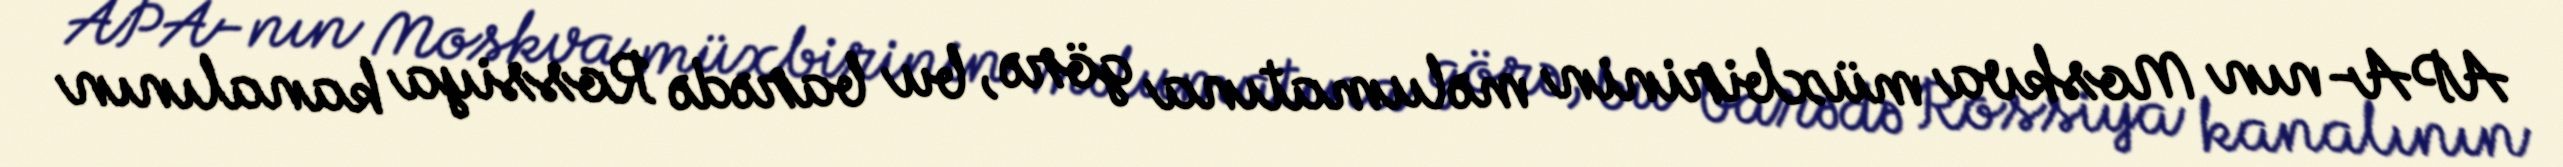
APA-nın Moskva müxbirinin məlumatına görə, bu barədə Rossiya kanalının